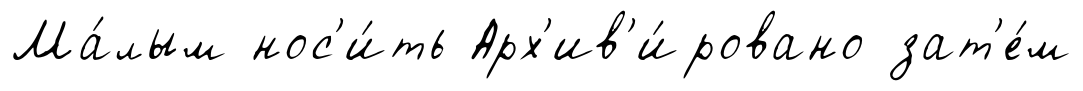
Ма́лым нос'и́ть Арх'ив'и́ровано зат'е́м